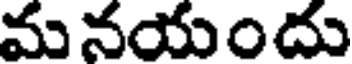
మనయందు